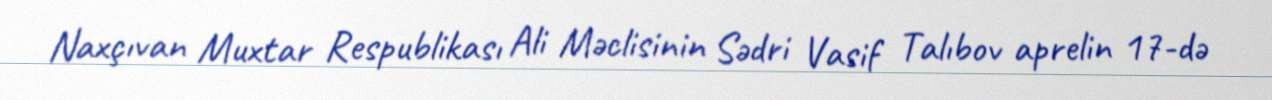
Naxçıvan Muxtar Respublikası Ali Məclisinin Sədri Vasif Talıbov aprelin 17-də